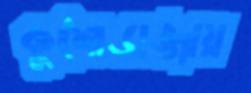
কুশোডাঙ্গায়